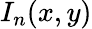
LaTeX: I_{n}(x,y)